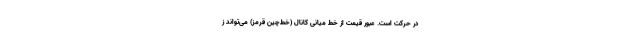
در حرکت است. عبور قیمت از خط میانی کانال (خط‌چین قرمز) می‌تواند ز